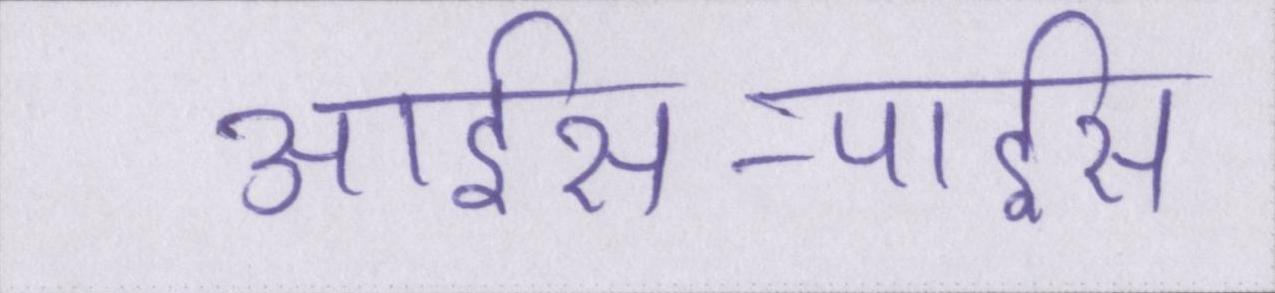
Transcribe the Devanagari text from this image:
आईस-पाईस